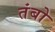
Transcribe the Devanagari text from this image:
तंबो